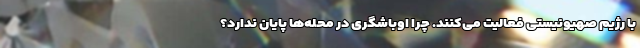
با رژیم صهیونیستی فعالیت می‌کنند. چرا اوباشگری در محله‌ها پایان ندارد؟